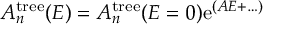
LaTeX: A _ { n } ^ { \mathrm { t r e e } } ( E ) = A _ { n } ^ { \mathrm { t r e e } } ( E = 0 ) \mathrm { e } ^ { ( A E + \ldots ) }